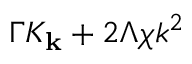
\Gamma K _ { \mathbf { k } } + 2 \Lambda \chi k ^ { 2 }